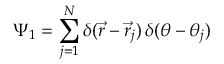
\Psi _ { 1 } = \sum _ { j = 1 } ^ { N } \delta ( \vec { r } - \vec { r } _ { j } ) \, \delta ( \theta - \theta _ { j } )